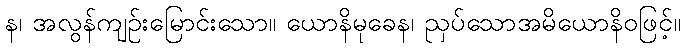
န၊ အလွန်ကျဉ်းမြောင်းသော။ ယောနိမုခေန၊ ညှပ်သောအမိယောနိဝဖြင့်။